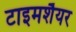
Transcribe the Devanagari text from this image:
टाइमशैयर